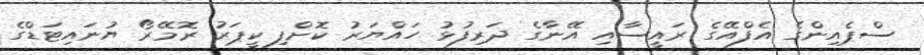
ސްޕެއިންގެ އެފްއޭގެ ރައީސާއި އޭނާގެ ދަރިފުޅު ހައްޔަރު ކޮށްފި ކީޕަރު ރޮމޭރޯ ޔުނައިޓަޑްގެ